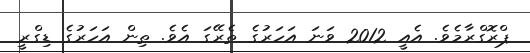
ޕްރޮގްރާމެވެ. އެއީ 2012 ވަނަ އަހަރުގެ ތެރޭގަ އެވެ. ތިން އަހަރުގެ ޑިގްރީ